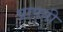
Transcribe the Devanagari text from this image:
प्रापती